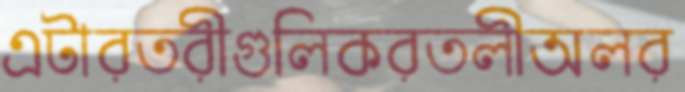
এটারতরীগুলিকরতলীঅলর